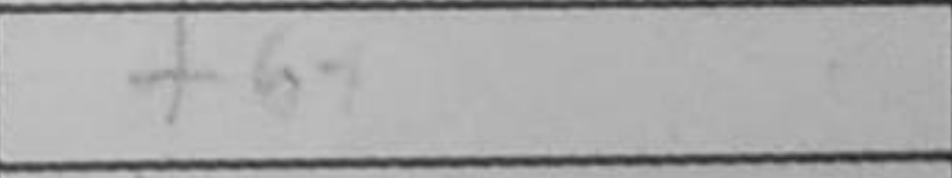
Transcription: f6+